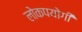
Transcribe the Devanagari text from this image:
लोकपयोगी